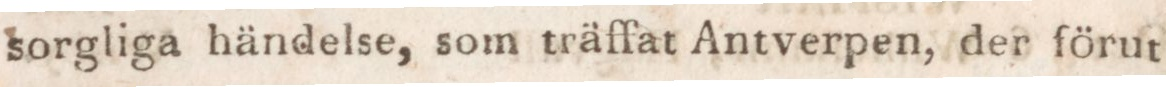
sorgliga händelse, som träffat Antverpen, der förut